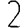
Digit: 2